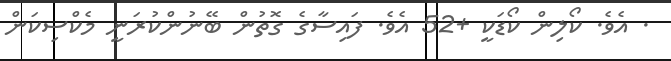
. އެވެ. ކޯލިން ކޯޑަކީ +52 އެވެ. ފައިސާގެ ގޮތުން ބޭނުންކުރަނީ މެކްސިކަން